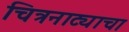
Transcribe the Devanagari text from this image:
चित्रनाट्याचा